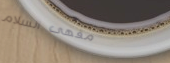
مقهى السلام